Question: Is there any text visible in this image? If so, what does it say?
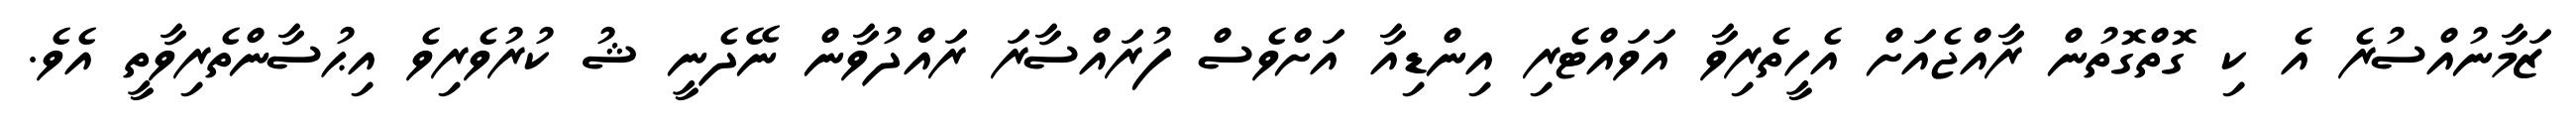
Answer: ޒަމާނުއްސުރެ އެ ކި ގޮތްގޮތުން ރާއްޖެއަށް އެހީތެރިވާ އަވައްޓެރި އިންޑިއާ އަށްވެސް ފުރައްސާރަ ރައްދުވާން ނޭދެނީ ޝު ކުރުވެރިވެ އިޙުސާންތެރިވާތީ އެވެ.